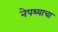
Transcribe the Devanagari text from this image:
नेपथ्याचा